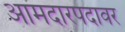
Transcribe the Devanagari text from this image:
आमदारपदावर